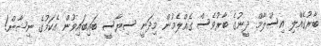
ބާރުގެއްލި އިސްލާމް ދީނުގެ ބާރުވެސް ގެއްލެމުން މިދަނީ ސިޔާސީ ބައިބައިވުން އެކަމުގެ ނިޝާން!